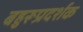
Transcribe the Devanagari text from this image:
बहुरूप्रदर्शक